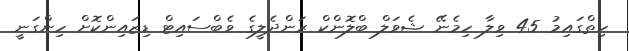
ހިތްގައިމު 45 ވިލާ ހިމެނޭ ޝެވަލް ބްލޮންކް ރަންދެލީގެ ވެބްސައިޓް ޑިޒައިންކޮށް ހިންގަނީ